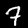
Label: 7